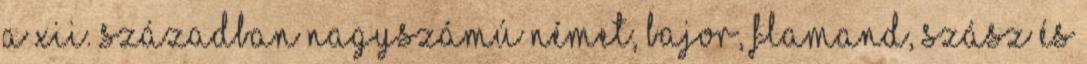
A XII. században nagyszámú német, bajor, flamand, szász és